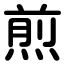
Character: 煎